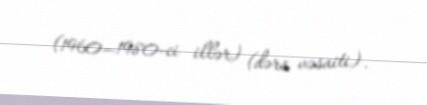
(1960—1980-ci illər) (dərs vəsaiti).